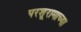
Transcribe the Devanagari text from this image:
परशूरामाच्या